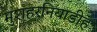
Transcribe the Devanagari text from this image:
मुशहरनियाडीह